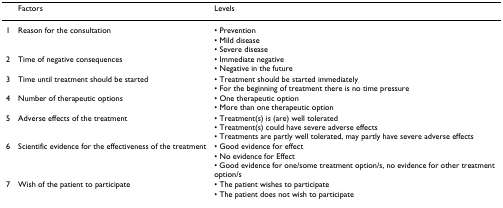
<table><thead><tr><td></td><td><b>Factors</b></td><td><b>Levels</b></td></tr></thead><tbody><tr><td>1</td><td>Reason for the consultation</td><td>• Prevention• Mild disease• Severe disease</td></tr><tr><td>2</td><td>Time of negative consequences</td><td>• Immediate negative• Negative in the future</td></tr><tr><td>3</td><td>Time until treatment should be started</td><td>• Treatment should be started immediately• For the beginning of treatment there is no time pressure</td></tr><tr><td>4</td><td>Number of therapeutic options</td><td>• One therapeutic option• More than one therapeutic option</td></tr><tr><td>5</td><td>Adverse effects of the treatment</td><td>• Treatment(s) is (are) well tolerated• Treatment(s) could have severe adverse effects• Treatments are partly well tolerated, may partly have severe adverse effects</td></tr><tr><td>6</td><td>Scientific evidence for the effectiveness of the treatment</td><td>• Good evidence for effect• No evidence for Effect• Good evidence for one/some treatment option/s, no evidence for other treatment option/s</td></tr><tr><td>7</td><td>Wish of the patient to participate</td><td>• The patient wishes to participate• The patient does not wish to participate</td></tr></tbody></table>